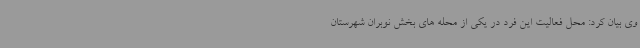
وی بیان کرد: محل فعالیت این فرد در یکی از محله های بخش نوبران شهرستان